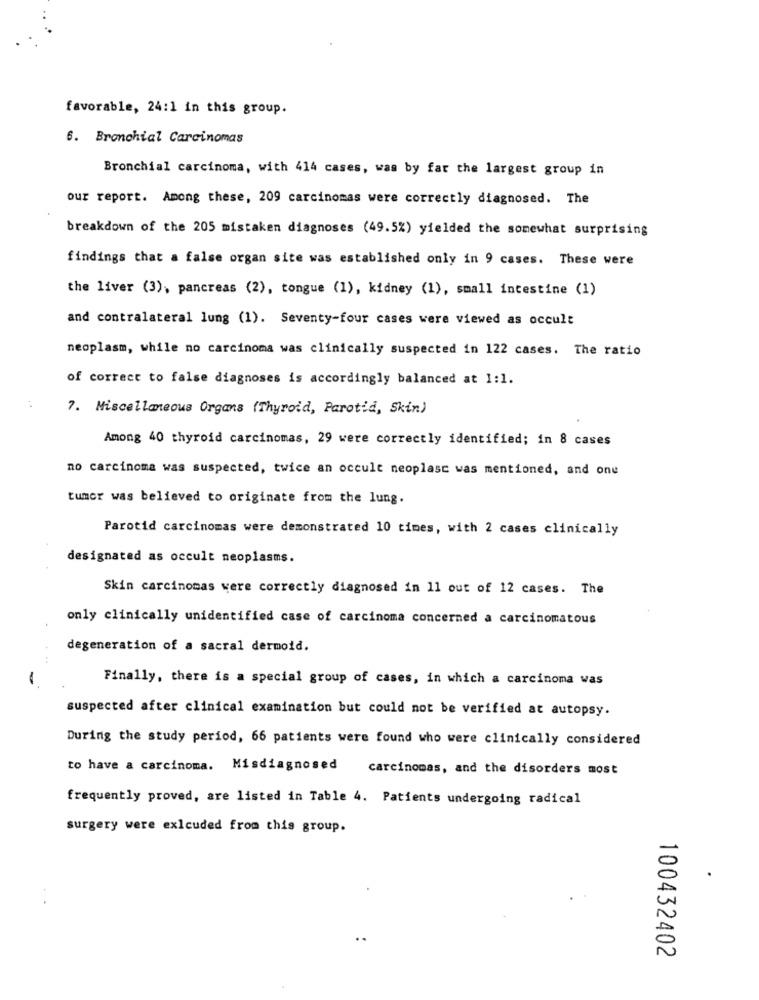
favorable, 24:1 in this group.
6. Bronchial Carcinomas
Bronchial carcinoma, with 414 cases, was by far the largest group in
our report. Among these, 209 carcinomas were correctly diagnosed. The
breakdown of the 205 mistaken diagnoses (49.5%) yielded the somewhat surprising
findings that a false organ site was established only in 9 cases. These were
the liver (3), pancreas (2), tongue (1), kidney (1), small intestine (1)
and contralateral lung (1). Seventy-four cases were viewed as occult
neoplasm, while no carcinoma was clinically suspected in 122 cases. The ratio
of correct to false diagnoses is accordingly balanced at 1:1.
7. Miscellaneous Organs (Thyroid, Parotid, Skin)
Among 40 thyroid carcinomas, 29 were correctly identified; in 8 cases
no carcinoma was suspected, twice an occult neoplast was mentioned, and one
tumor was believed to originate from the lung.
Parotid carcinomas were demonstrated 10 times, with 2 cases clinically
designated as occult neoplasms.
Skin carcinomas were correctly diagnosed in 11 out of 12 cases. The
only clinically unidentified case of carcinoma concerned a carcinomatous
degeneration of a sacral dermoid.
Finally, there is a special group of cases, in which a carcinoma was
-
suspected after clinical examination but could not be verified at autopsy.
During the study period, 66 patients were found who were clinically considered
to have a carcinoma. Misdiagnosed
carcinomas, and the disorders most
frequently proved, are listed in Table 4. Patients undergoing radical
surgery were exlcuded from this group.
100432402